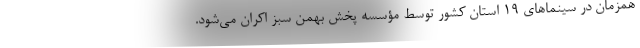
همزمان در سینماهای ۱۹ استان کشور توسط مؤسسه پخش بهمن سبز اکران می‌شود.